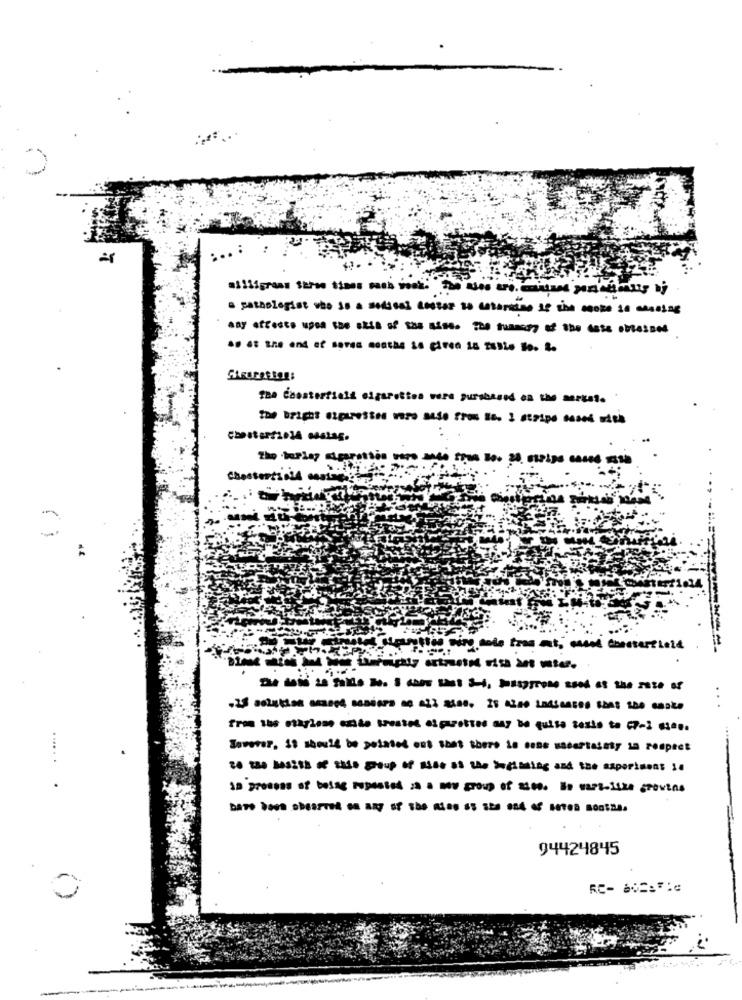
= pathologist who so a medical costar so cataniaNO LE iNA MORO LA CANTINE
the Coasterfield cigarettes vare pursbased on the merest.
----------- ---------
Soverer, 18 should be pointed ont that there le cose sacertainty sa romptet
is process of betag reposted is a new group of ases. Ne wars-like growths
94424845
RC- BO=21